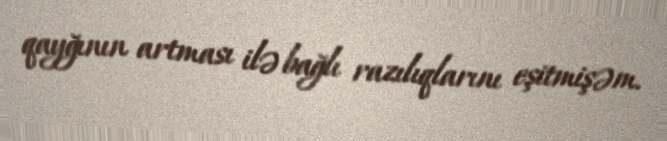
qayğının artması ilə bağlı razılıqlarını eşitmişəm.